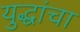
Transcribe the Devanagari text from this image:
युद्धांचा